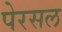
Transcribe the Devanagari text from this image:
पेरसल